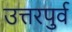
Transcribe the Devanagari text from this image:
उत्तरपुर्व